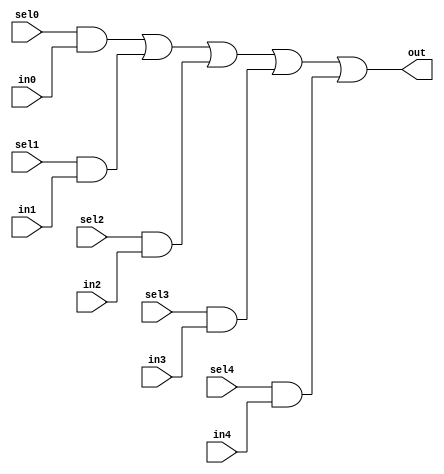
//#############################################################################
//# Function: 5-Input one-hot vectorized mux                                  #
//# Copyright: Lambda Project Authors. All rights Reserved.                   #
//# License:  MIT (see LICENSE file in Lambda repository)                     #
//#############################################################################

module la_vmux5 #(
    parameter N    = 1,         // width of mux
    parameter PROP = "DEFAULT"  // cell property
) (
    input          sel4,
    input          sel3,
    input          sel2,
    input          sel1,
    input          sel0,
    input  [N-1:0] in4,
    input  [N-1:0] in3,
    input  [N-1:0] in2,
    input  [N-1:0] in1,
    input  [N-1:0] in0,
    output [N-1:0] out    //selected data output
);

    assign out[N-1:0] = ({(N){sel0}} & in0[N-1:0] |
            {(N){sel1}} & in1[N-1:0] |
            {(N){sel2}} & in2[N-1:0] |
            {(N){sel3}} & in3[N-1:0] |
            {(N){sel4}} & in4[N-1:0]);

endmodule